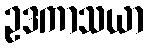
ဥဒကာသယာ